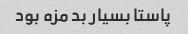
پاستا بسیار بد مزه بود